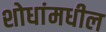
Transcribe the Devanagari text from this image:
शोधांमधील